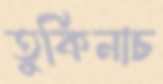
তুর্কিনাচ